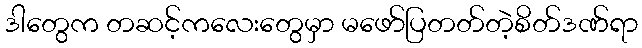
ဒါတွေက တဆင့်ကလေးတွေမှာ မဖော်ပြတတ်တဲ့စိတ်ဒဏ်ရာ